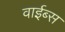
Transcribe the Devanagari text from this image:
वाईब्स